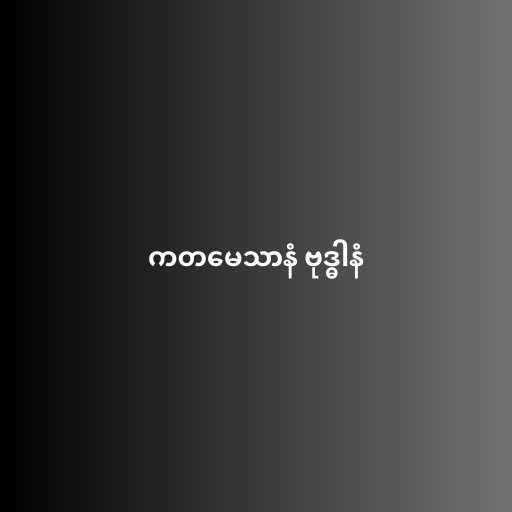
ကတမေသာနံ ဗုဒ္ဓါနံ